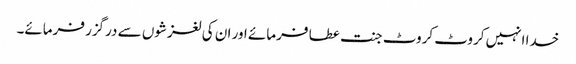
خدا انہیں کروٹ کروٹ جنت عطا فرمائے اور ان کی لغزشوں سے درگزر فرمائے۔